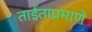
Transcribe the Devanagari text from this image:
ताईताप्रमाणे